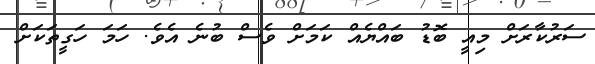
ސަރުކާރަށް މިއީ ބޮޑު ބައްޔެއް ކަމަށް ވެސް ބުނެ އެވެ. ހަމަ ހަގީތަކަށް